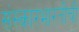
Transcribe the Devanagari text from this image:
संस्कारभारतीची